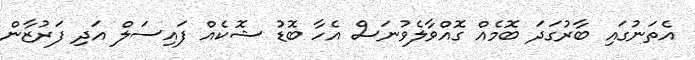
އެތަނުގައި ބާރުގަދަ ބޮމެއް ގޮއްވާލެވުނަސް އެހާ ބޮޑު ޝޮކެއް ފައިސަލް އަދި ފަރުޒާން